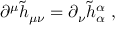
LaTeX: \partial ^ { \mu } \tilde { h } _ { \mu \nu } = \partial _ { \nu } \tilde { h } _ { \alpha } ^ { \alpha } \ ,